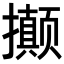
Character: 𭣇